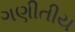
ગણીતીય